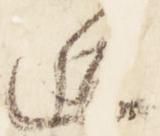
逅